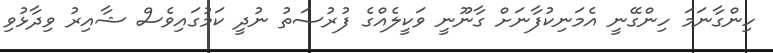
ހިންގާނަމަ ހިންގޭނީ އެމަނިކުފާނަށް ގާނޫނީ ވަކީލެއްގެ ފުރުސަތު ނުދީ ކަމުގައިވެސް ޝާއިރު ވިދާޅުވި